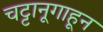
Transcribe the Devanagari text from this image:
चट्टानूगाहून